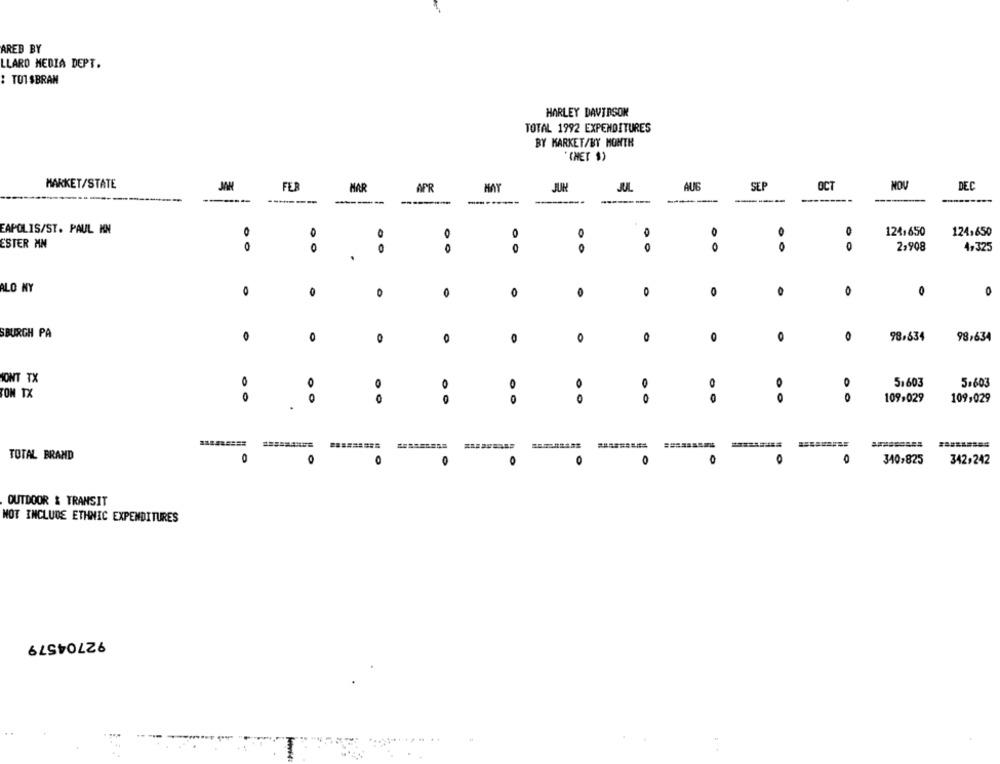
AREB BY
LLARO MEDIA DEPT.
: TO1 $BRAM
HARLEY DAVIDSON
TOTAL 1992 EXPENDITURES
BY MARKET/BY MONTH
"CHET $)
MARKET/STATE
JAN
FER
HAR
APR
HAY
JUN
JUL
AUG
SEP
OCT
NOV
DEC
---
--------
----------
---
EAPOLIS/ST. PAUL HN
0
0
124,650
124,650
ESTER MN
0
0
0
0
0
2,908
4,325
ALO NY
0
0
0
0
0
0
0
SBURGH PA
0
98,634
0
O
O
0
0
O
O
98,634
SONT TX
0
O
5,603
5.603
0
TOM TX
0
0
O
0
0
00
109,029
109,029
TOTAL BRAND
0
O
0
o
O
O
O
0
O
340,825
342,242
OUTDOOR & TRANSIT
NOT INCLUDE ETHNIC EXPENDITURES
92704579
..